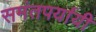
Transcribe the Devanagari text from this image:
समंतपर्यायी